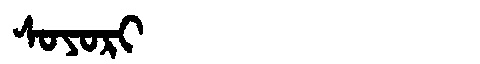
Manchu: ᠰᠣᠶᠣᡵᡳ
Romanization: SOYORI